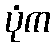
ပုံက